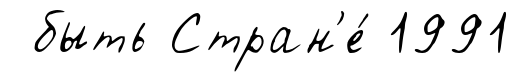
быть Стран'е́ 1991